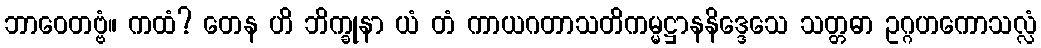
ဘာဝေတဗ္ဗံ။ ကထံ? တေန ဟိ ဘိက္ခုနာ ယံ တံ ကာယဂတာသတိကမ္မဋ္ဌာနနိဒ္ဒေသေ သတ္တဓာ ဥဂ္ဂဟကောသလ္လံ